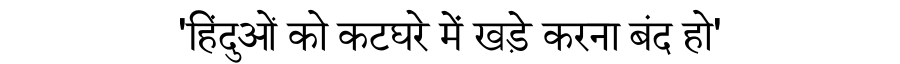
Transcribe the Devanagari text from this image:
'हिंदुओं को कटघरे में खड़े करना बंद हो'